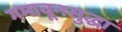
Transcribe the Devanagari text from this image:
गमावूनसुद्धा